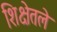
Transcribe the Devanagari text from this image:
शिक्षेतले